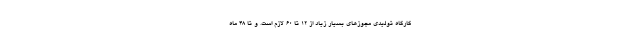
کارگاه تولیدی مجوزهای بسیار زیاد از ۱۲ تا ۶۰ لازم است. و تا ۴۸ ماه